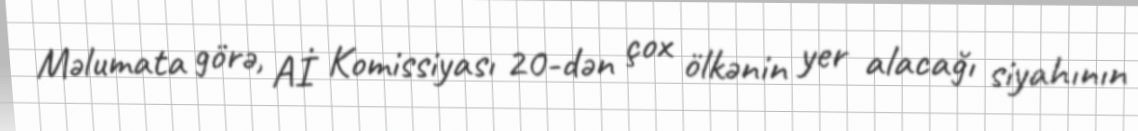
Məlumata görə, Aİ Komissiyası 20-dən çox ölkənin yer alacağı siyahının